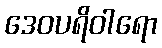
ဒေဝပရိဝါရော